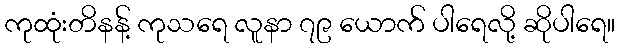
ကုထုံးတိနန့် ကုသရေ လူနာ ၇၉ ယောက် ပါရေလို့ ဆိုပါရေ။